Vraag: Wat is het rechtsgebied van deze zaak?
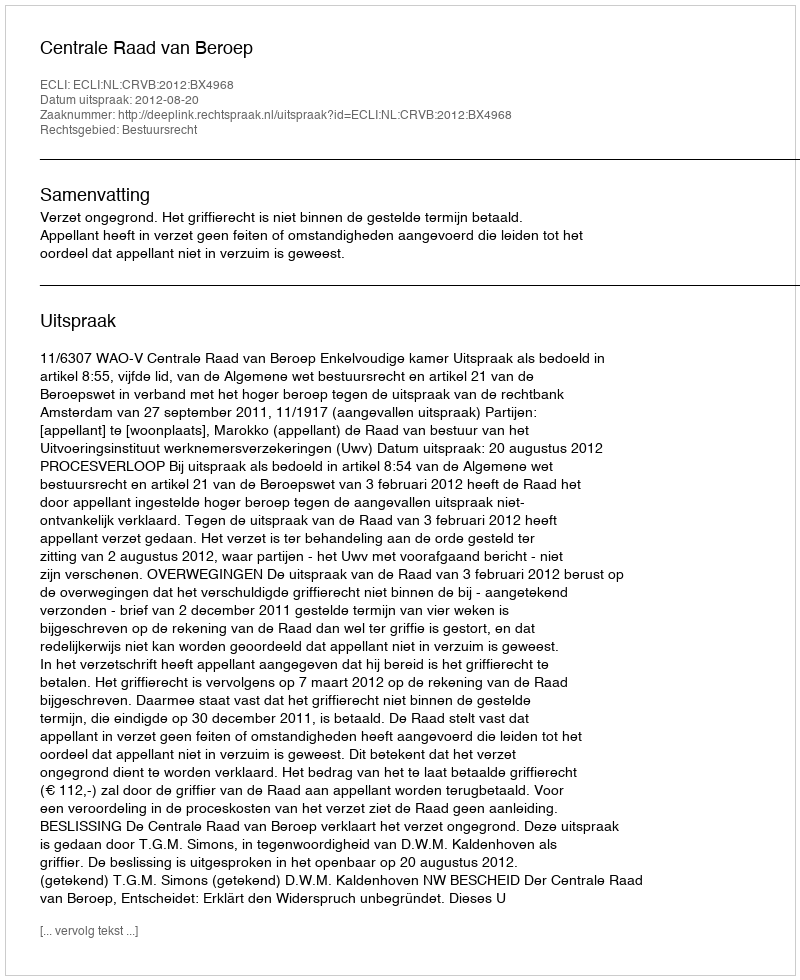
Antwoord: Bestuursrecht